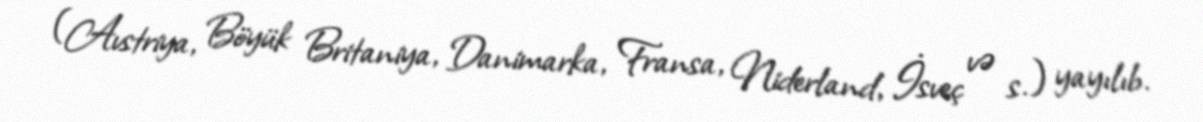
(Avstriya, Böyük Britaniya, Danimarka, Fransa, Niderland, İsveç və s.) yayılıb.